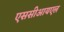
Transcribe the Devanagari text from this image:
एससीआयएल